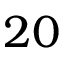
2 0